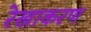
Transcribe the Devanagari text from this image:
रेखाकरण